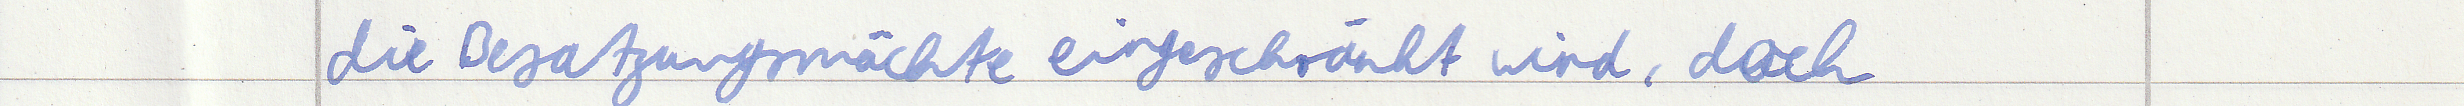
die Besatzungsmächte eingeschränkt wird, doch